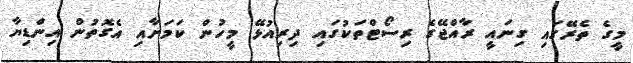
މީގެ ތެރޭގައި ގިނައީ ރާއްޖޭގެ ރިސޯޓްތަކުގައި ދިރިއުޅޭ މީހުން ކަމަށާއި އެގޮތުން އިންޑިޔާ